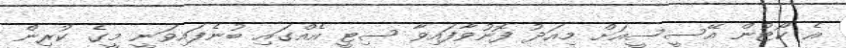
އެ ކޯޓުން އޭސީސީއަށް މިއަދު ފޮނުވާފައިވާ ސިޓީ އެއްގައި ބުނެފައިވަނީ މީގެ ކުރިން